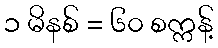
၁ မိနစ် = ၆၀ စက္ကန့်